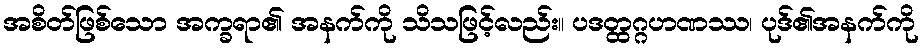
အစိတ်ဖြစ်သော အက္ခရာ၏ အနက်ကို သိသဖြင့်လည်း။ ပဒတ္ထဂ္ဂဟဏဿ၊ ပုဒ်၏အနက်ကို